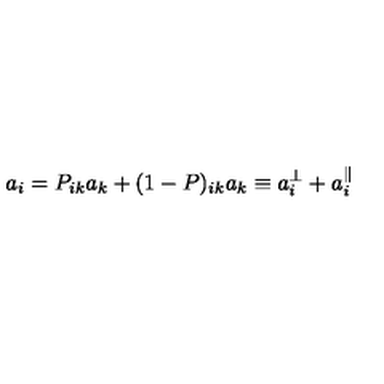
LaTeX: a _ { i } = P _ { i k } a _ { k } + ( 1 - P ) _ { i k } a _ { k } \equiv a _ { i } ^ { \perp } + a _ { i } ^ { \parallel }